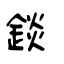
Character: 錟